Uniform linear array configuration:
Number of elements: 32
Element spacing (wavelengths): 0.25
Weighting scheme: binomial
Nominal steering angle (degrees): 0
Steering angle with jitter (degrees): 0.7566
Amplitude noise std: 0.05
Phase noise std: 0.05

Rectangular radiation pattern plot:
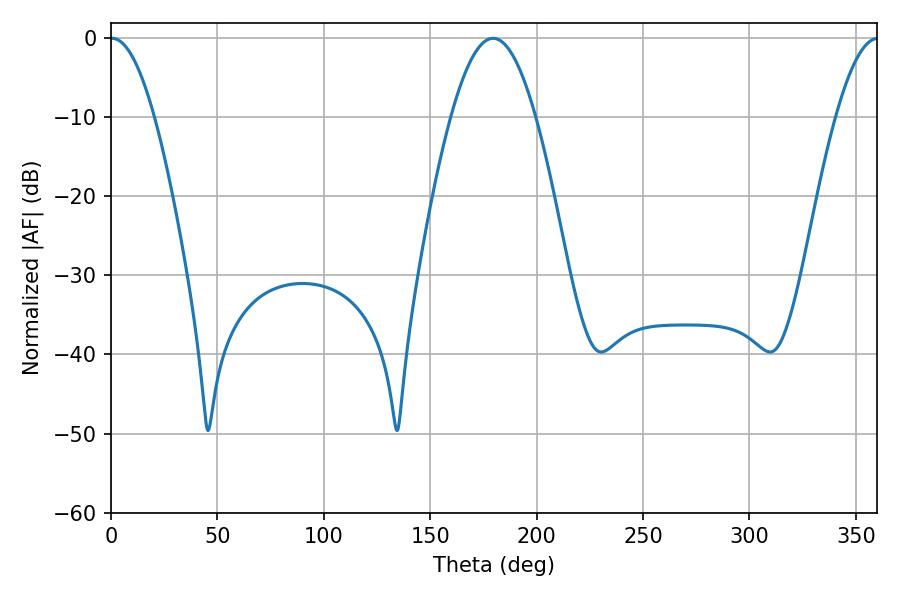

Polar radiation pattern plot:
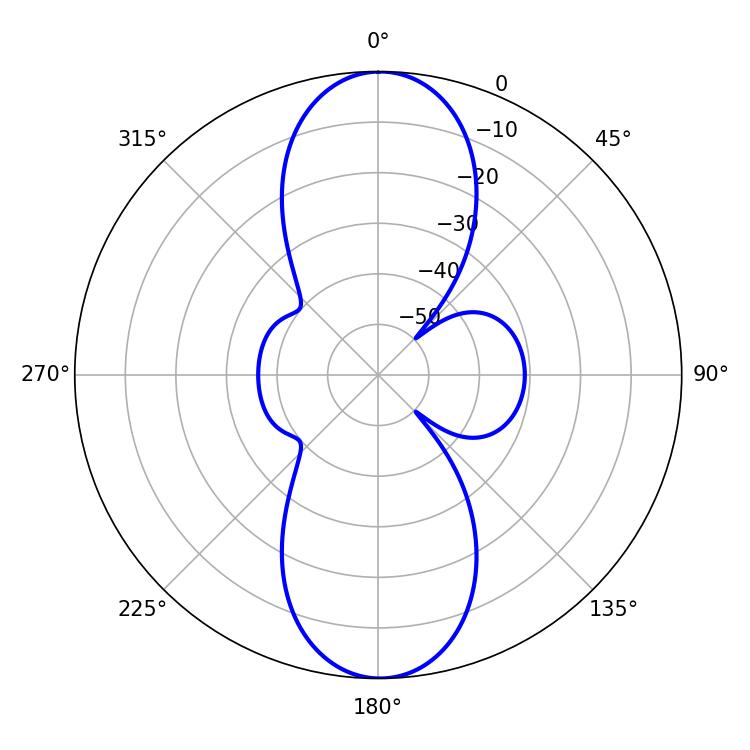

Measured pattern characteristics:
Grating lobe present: FALSE
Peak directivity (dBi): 25.031
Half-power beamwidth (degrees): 11.34
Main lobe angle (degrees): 0.54